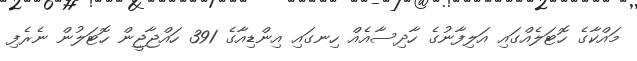
މައްކާގެ ހޮޓަލެއްގައި އަލިފާނުގެ ހާދިސާއެއް ހިނގައި އިންޑިއާގެ 391 ހައްޖާޖީން ހޮޓަލުން ނެރެފި